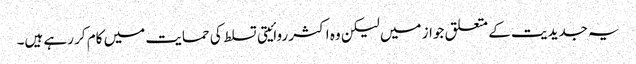
یہ جدیدیت کے متعلق جواز میں لیکن وہ اکثر روائیتی تسلط کی حمایت میں کام کر رہے ہیں۔